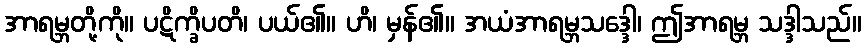
အာရမ္ဘတို့ကို။ ပဋိက္ခိပတိ၊ ပယ်၏။ ဟိ၊ မှန်၏။ အယံအာရမ္ဘသဒ္ဒေါ၊ ဤအာရမ္ဘ သဒ္ဒါသည်။